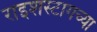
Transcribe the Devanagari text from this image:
राइशस्टागच्या